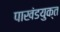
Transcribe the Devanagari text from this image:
पाखंडयुक्त